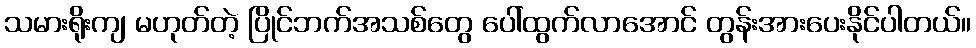
သမားရိုးကျ မဟုတ်တဲ့ ပြိုင်ဘက်အသစ်တွေ ပေါ်ထွက်လာအောင် တွန်းအားပေးနိုင်ပါတယ်။